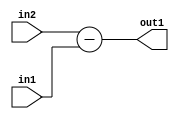
`timescale 1ps / 1ps
/*****************************************************************************
    Verilog RTL Description
    
    
    Created by: CellMath Designer 2019.1.01 
*******************************************************************************/

module float2fix_Sub_8Ux7U_8S_4 (
	in2,
	in1,
	out1
	); /* architecture "behavioural" */ 
input [7:0] in2;
input [6:0] in1;
output [7:0] out1;
wire [7:0] asc001;

assign asc001 = 
	+(in2)
	-(in1);

assign out1 = asc001;
endmodule

/* CADENCE  urnzTQA= : u9/ySgnWtBlWxVPRXgAZ4Og= ** DO NOT EDIT THIS LINE ******/